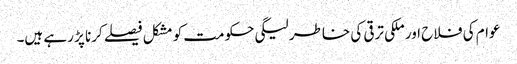
عوام کی فلاح اور ملکی ترقی کی خاطر لیگی حکومت کو مشکل فیصلے کرنا پڑ رہے ہیں۔